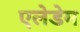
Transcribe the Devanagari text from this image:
एलेडेम